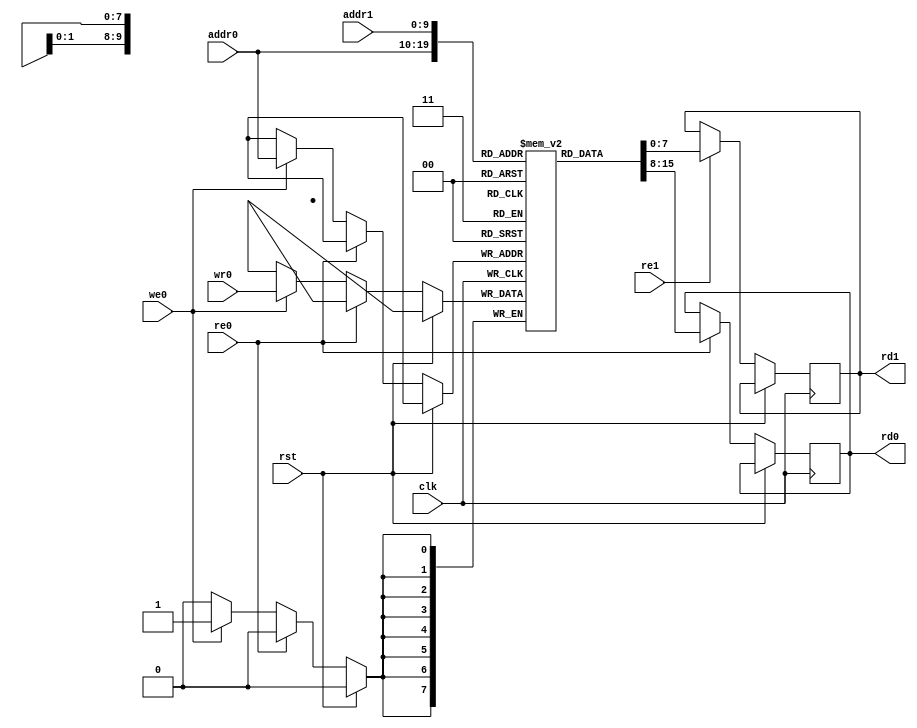
module ram_1024_8(
    input wire clk,
    input wire rst,
    // Read write port
    input wire [9:0] addr0,
    input wire re0,
    output wire [7:0] rd0,
    input wire [7:0] wr0,
    input wire we0,
    // Read only port
    input wire [9:0] addr1,
    input wire re1,
    output wire [7:0] rd1
);

`ifdef SKY130
    sky130_sram_1kbyte_1rw1r_8x1024_8 mem(
        .clk0(clk),
        .csb0(!(re0 || we0)),
        .web0(!we0),
        .wmask0(1'b1),
        .addr0(addr0),
        .din0(wr0),
        .dout0(rd0),
        .clk1(clk),
        .csb1(!re1),
        .addr1(addr1),
        .dout1(rd1)
    );
`else
    reg [7:0] mem [0:1023];
    reg [7:0] rd0_reg;
    reg [7:0] rd1_reg;

    always @(posedge clk) begin
        if (!rst) begin
            if (re0) begin
                rd0_reg <= mem[addr0];
            end
            else if (we0) begin
                mem[addr0] <= wr0;
            end
            
            if (re1) begin
                rd1_reg <= mem[addr1];
            end
        end
    end

    assign rd0 = rd0_reg;
    assign rd1 = rd1_reg;
`endif

endmodule